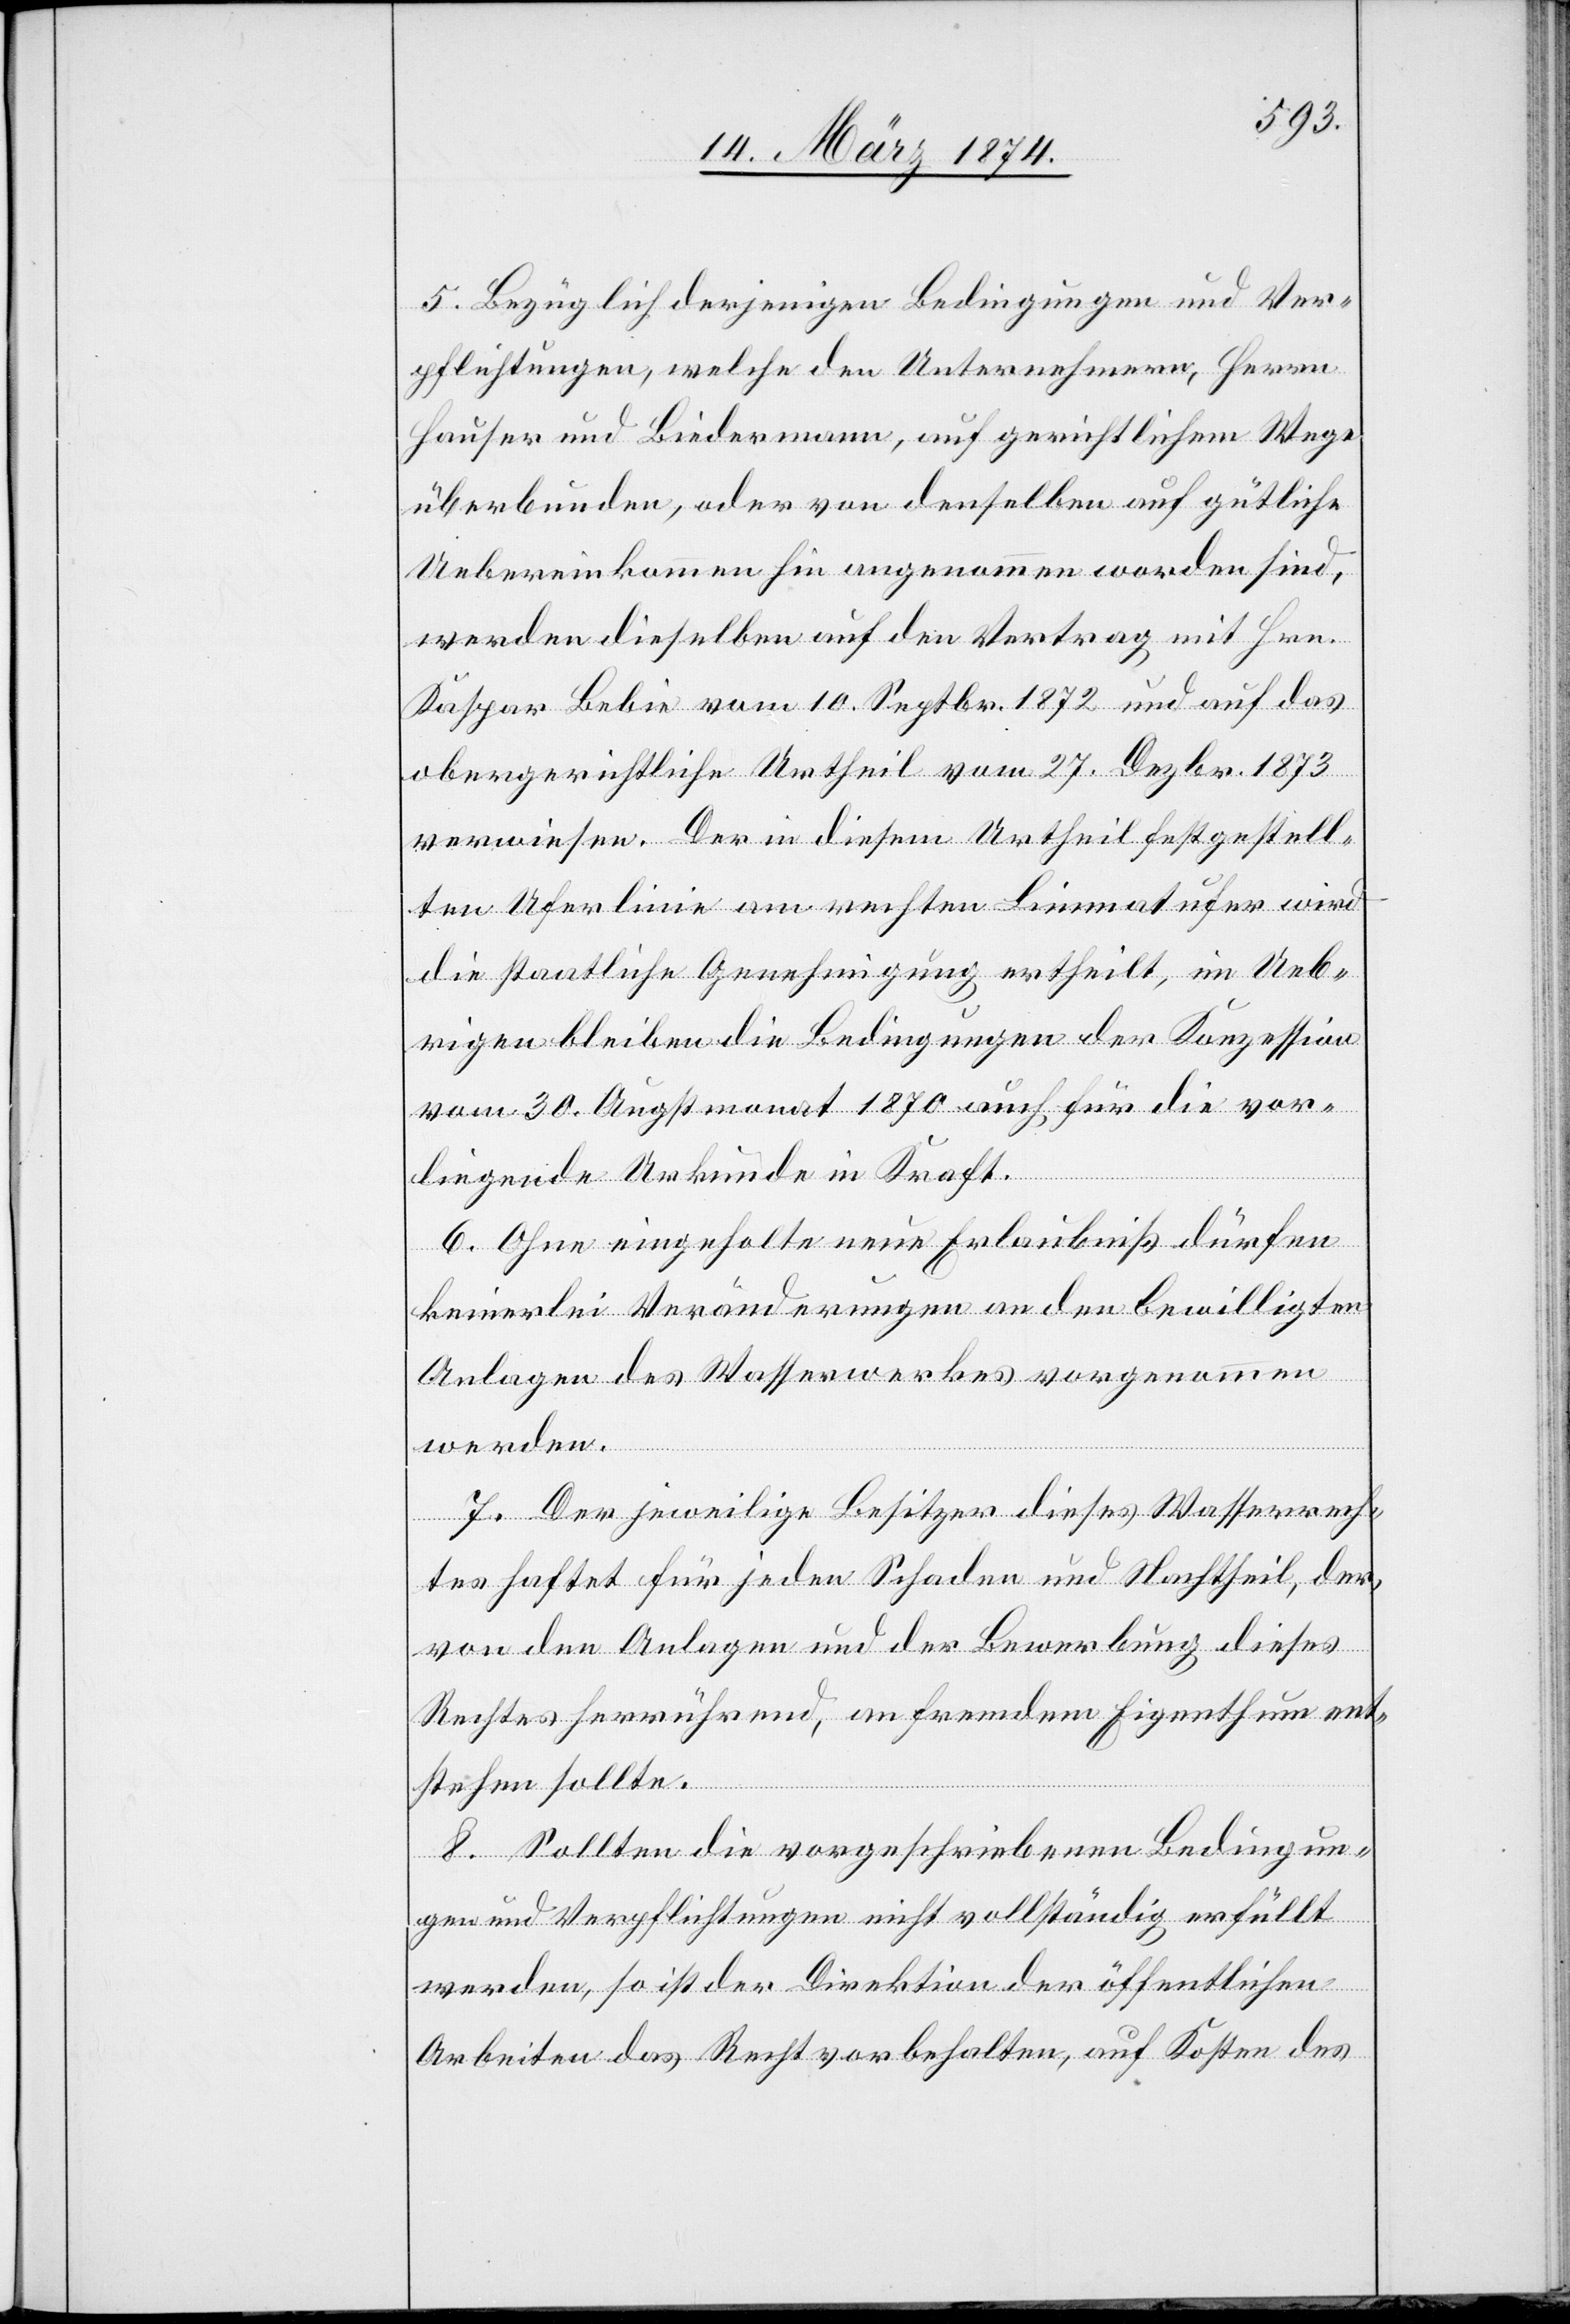
5. Bezüglich derjenigen Bedingungen und Ver¬
pflichtungen, welche den Unternehmern, Herren
Hauser und Biedermann, auf gerichtlichem Wege
überbunden, oder von denselben auf gütliche
Uebereinkommen hin angenommen worden sind,
werden dieselben auf den Vertrag mit Hrn.
Kaspar Bebie vom 10. Septbr. 1872 und auf das
obergerichtliche Urtheil vom 27. Dezbr. 1873
verwiesen. Der in diesem Urtheil festgestell¬
ten Uferlinie am rechten Limmatufer wird
die staatliche Genehmigung ertheilt, im Ueb¬
rigen bleiben die Bedingungen der Konzession
vom 30. Augstmonat 1870 auch für die vor¬
liegende Urkunde in Kraft.
6. Ohne eingeholte neue Erlaubniß dürfen
keinerlei Veränderungen an den bewilligten
Anlagen des Wasserwerkes vorgenommen
werden.
7. Der jeweilige Besitzer dieses Wasserrech¬
tes haftet für jeden Schaden und Nachtheil, der,
von den Anlagen und der Bewerbung dieses
Rechtes herrührend, an fremdem Eigenthum ent¬
stehen sollte.
8. Sollten die vorgeschriebenen Bedingun¬
gen und Verpflichtungen nicht vollständig erfüllt
werden, so ist der Direktion der öffentlichen
Arbeiten das Recht vorbehalten, auf Kosten des